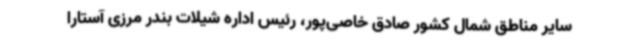
سایر مناطق شمال کشور صادق خاصی‌پور، رئیس اداره شیلات بندر مرزی آستارا